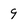
Character: 9